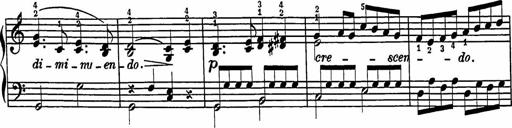
Title: 2 Sonatines
Composer: Richard Zeckwer